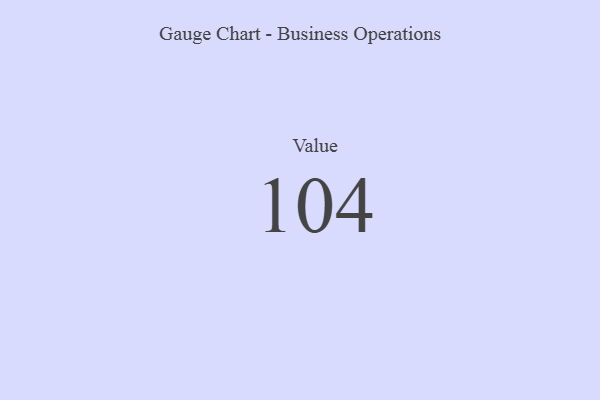
{"axis": {"x": "Metric", "y": "Value"}, "legend": [""], "data": [{"x": "Value", "y": 104, "type": ""}]}